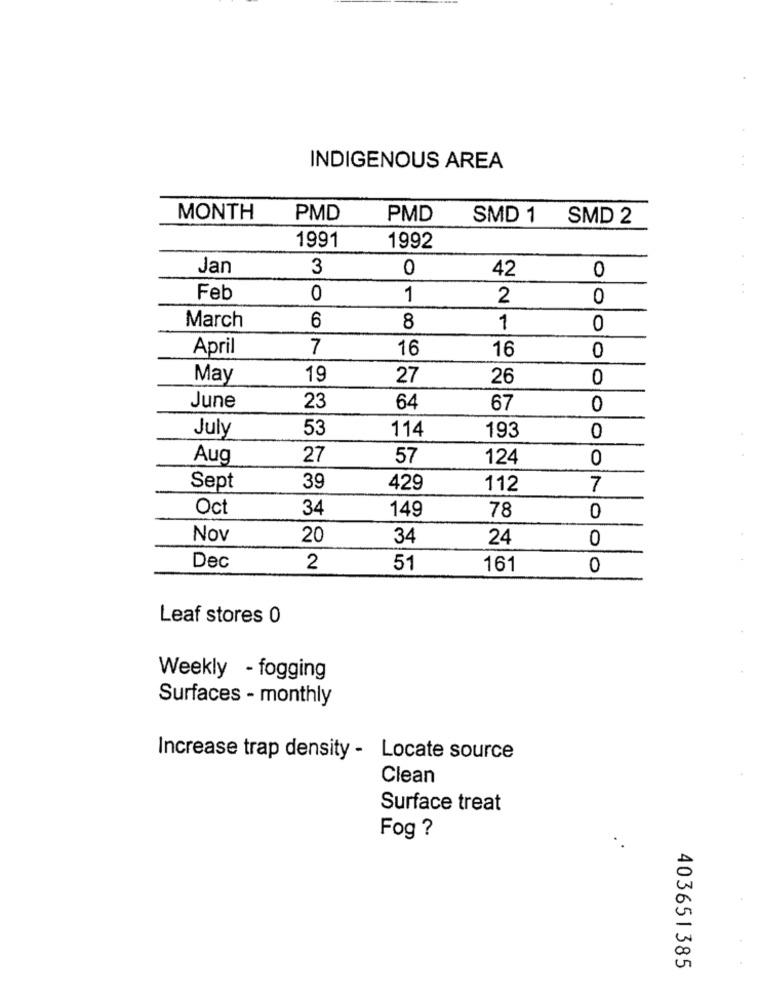
INDIGENOUS AREA
MONTH
PMD
PMD
SMD 1 SMD 2
1991
1992
Jan
3
0
42
0
Feb
0
1
2
0
6
March
8
1
0
April
7
16
16
0
May
19
27
26
0
June
23
64
67
0
July
53
114
193
0
Aug
27
57
124
0
Sept
39
429
112
7
Oct
34
149
78
0
Nov
20
34
24
0
Dec
2
51
161
0
Leaf stores 0
Weekly - fogging
Surfaces - monthly
Increase trap density - Locate source
Clean
Surface treat
Fog ?
403651385